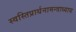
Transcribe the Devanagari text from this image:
स्वस्तिप्रार्थनामन्त्राध्याय